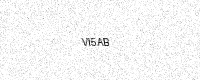
Text: VI5AB